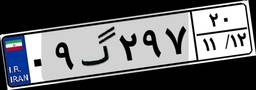
۵۳گ۵۲۲۴۸